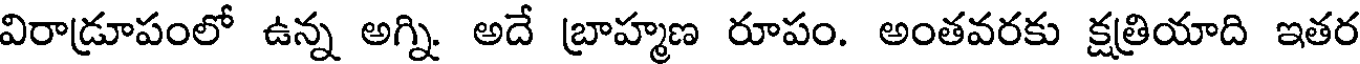
విరాడ్రూపంలో ఉన్న అగ్ని. అదే బ్రాహ్మణ రూపం. అంతవరకు క్షత్రియాది ఇతర